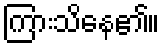
ကြားသိနေ၏။